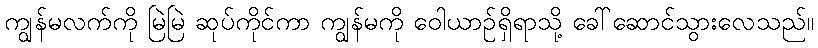
ကျွန်မလက်ကို မြဲမြဲ ဆုပ်ကိုင်ကာ ကျွန်မကို ဝေါယာဉ်ရှိရာသို့ ခေါ်ဆောင်သွားလေသည်။